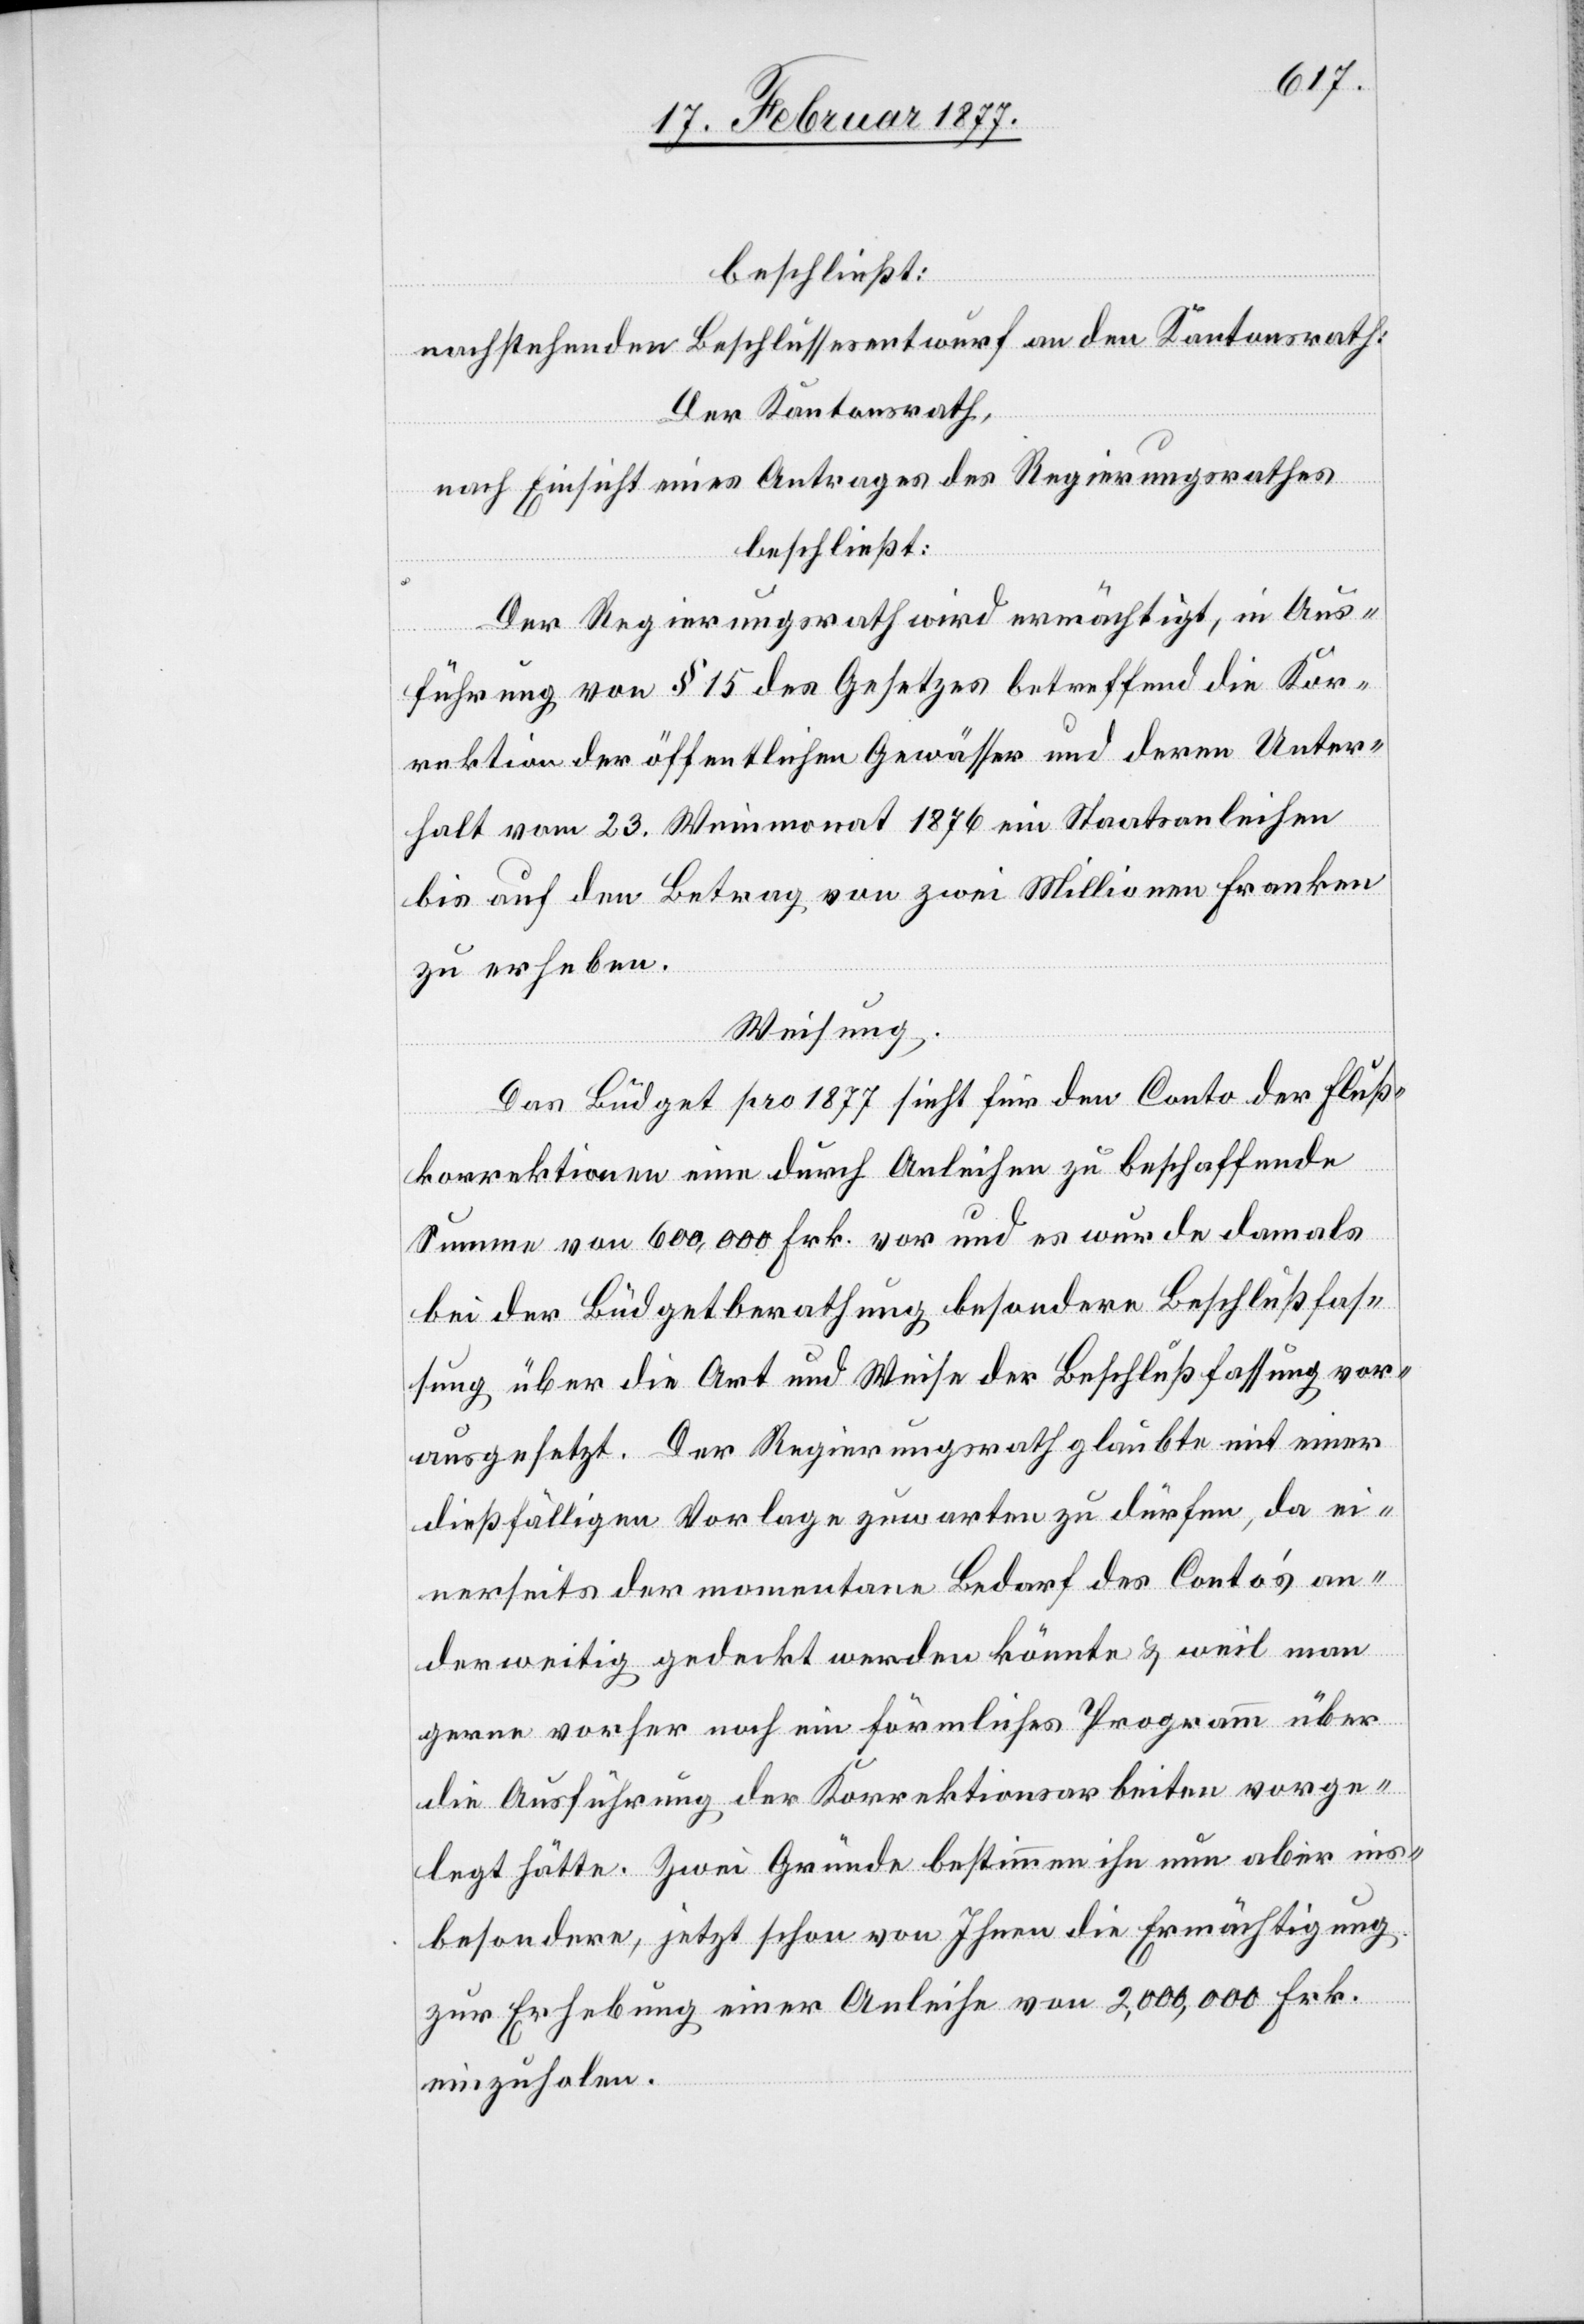
beschließt:
nachstehenden Beschlussesentwurf an den Kantonsrath:
Der Kantonsrath,
nach Einsicht eines Antrages des Regierungsrathes
beschließt:
Der Regierungsrath wird ermächtigt, in Aus¬
führung von § 15 des Gesetzes betreffend die Kor¬
rektion der öffentlichen Gewässer und deren Unter¬
halt vom 23. Weinmonats 1876 ein Staatsanleihen
bis auf den Betrag von zwei Millionen Franken
zu erheben.
Weisung:
Das Büdget pro 1877 sieht für den Conto der Fluß¬
korrektionen eine durch Anleihen zu beschaffende
Summe von 600,000 Frk. vor und es wurde damals
bei der Büdgetberathung besondere Beschlußfas¬
sung über die Art und Weise der Beschlußfassung vor¬
ausgesetzt. Der Regierungsrath glaubte mit einer
dießfälligen Vorlage zuwarten zu dürfen, da ei¬
nerseits der momentane Bedarf des Conto’s an¬
derweitig gedeckt werden könnte & weil man
gerne vorher noch ein förmliches Programm über
die Ausführung der Korrektionsarbeiten vorge¬
legt hätte. Zwei Gründe bestimmen ihn nun aber ins¬
besondere, jetzt schon von Ihnen die Ermächtigung
zur Erhebung einer Anleihe von 2,000,000 Frk.
einzuholen.